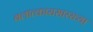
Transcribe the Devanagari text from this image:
बलात्कारासारख्या